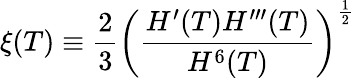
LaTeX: \xi(T)\equiv\frac{2}{3}\bigg(\frac{H^{\prime}(T)H^{\prime\prime\prime}(T)}{H^{6}(T)}\bigg)^{\frac{1}{2}}